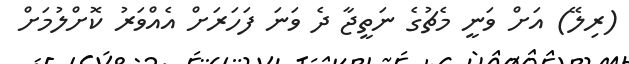
(ރިލޭ) އަށް ވަނީ މެޗުގެ ނަތީޖާ ދެ ވަނަ ފަހަރަށް އެއްވަރު ކޮށްލުމަށް